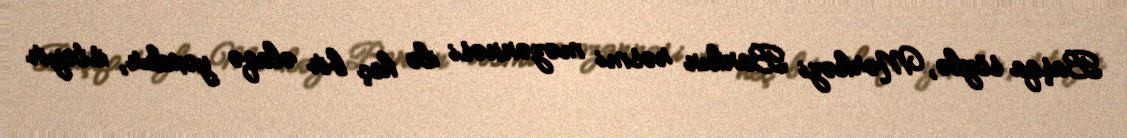
Başqa sözlə, Mərkəzi Bankın rəsmi məzənnəsi ilə heç bir əlaqə yoxdur, istəyir